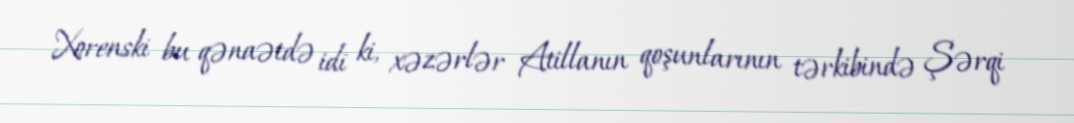
Xorenski bu qənaətdə idi ki, xəzərlər Atillanın qoşunlarının tərkibində Şərqi